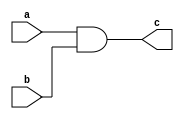
module M(a,b,c);
 input a,b;
 output c;

 assign c = a & b;  

endmodule

module des(a, b, s, c);
 input a,b,s;
 wire d;
 output c;

 M m1(a,b,d);

 assign c = s ? d : !b;
endmodule